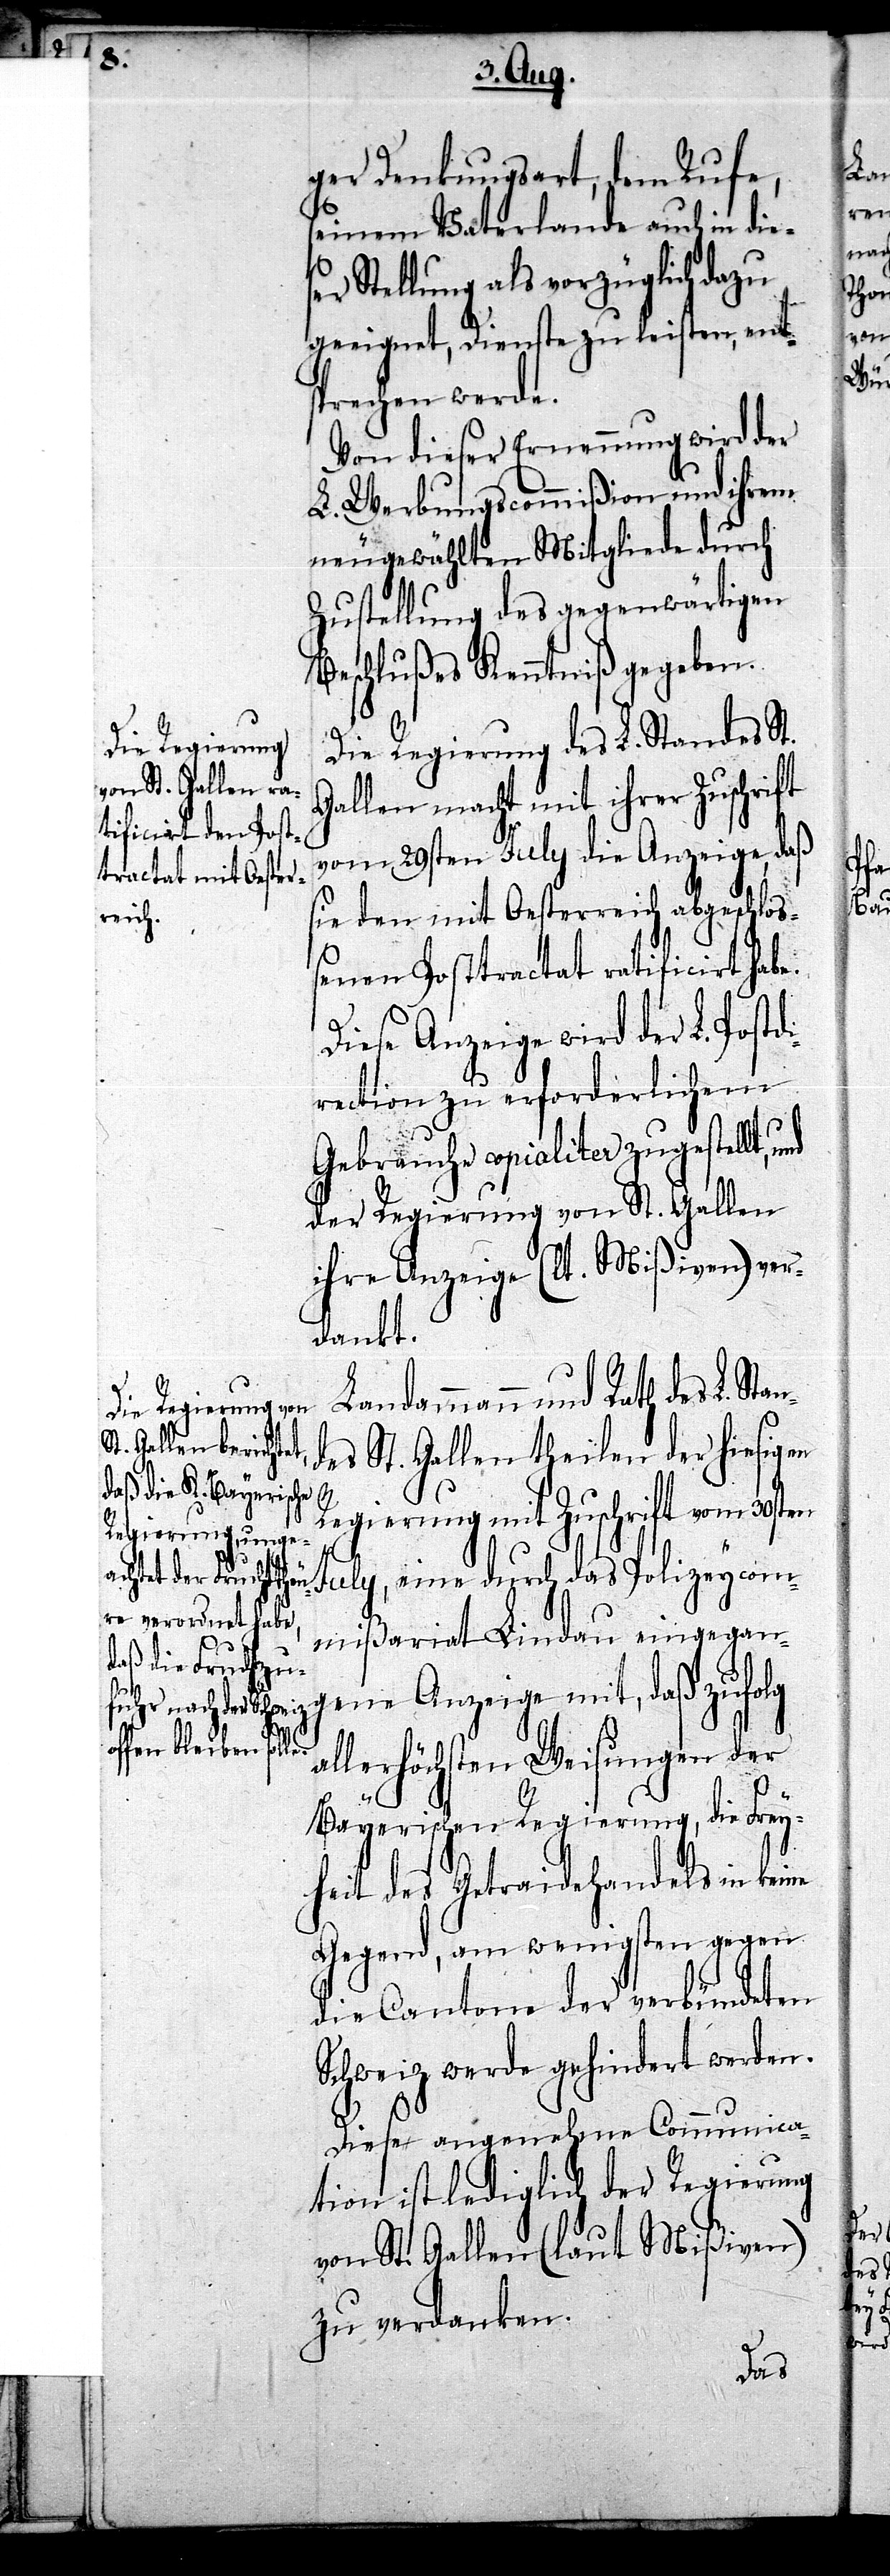
ger Denkungsart, dem Rufe,
seinem Vaterlande auch in dies¬
er Stellung als vorzüglich dazu
geeignet, Dienste zu leisten, ent¬
sprechen werde.
Von dieser Ernennung wird der
L. Werbungscommißion und ihrem
neugewählten Mitgliede durch
Zustellung des gegenwärtigen
Beschlußes Kenntniß gegeben.
Die Regierung des L. Standes St.
Gallen macht mit ihrer Zuschrift
vom 29sten July die Anzeige, daß
sie den mit Oesterreich abgeschlo¬
ßenen Posttractat ratificirt hab¬
Diese Anzeige wird der L. Postd¬
irection zu erforderlichem
Gebrauche copialiter zugestellt,
der Regierung von St. Gallen
ihre Anzeige (lt. Mißiven) ver¬
dankt.
Landammann und Rath
des St. Gallen theilen der hiesigen
Regierung mit Zuschrift vom 30sten
e.
July, eine durch das Polizeycom¬
mißariat Lindau eingegan¬
gene Anzeige mit, daß zufolg
allerhöchsten Weisungen der
Bayerischen Regierung, die Frey¬
heit des Getraidehandels in keine
Gegend, am wenigsten gegen
die Cantone der verbündeten
Schweiz werde gehindert werden.
Diese angenehme Communica¬
tion ist lediglich der Regierung
von St. Gallen (laut Mißiven)
zu verdanken.
des

L.
Stan¬